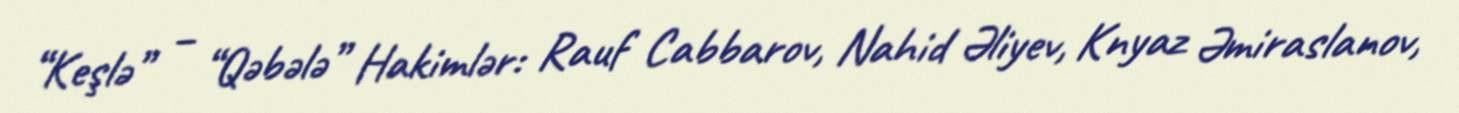
“Keşlə” – “Qəbələ” Hakimlər: Rauf Cabbarov, Nahid Əliyev, Knyaz Əmiraslanov,